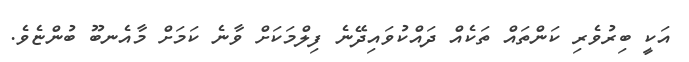
އަކީ ބިރުވެރި ކަންތައް ތަކެއް ދައްކުވައިދޭނެ ފިލްމަކަށް ވާނެ ކަމަށް މާއެނބޫ ބުންޏެވެ.